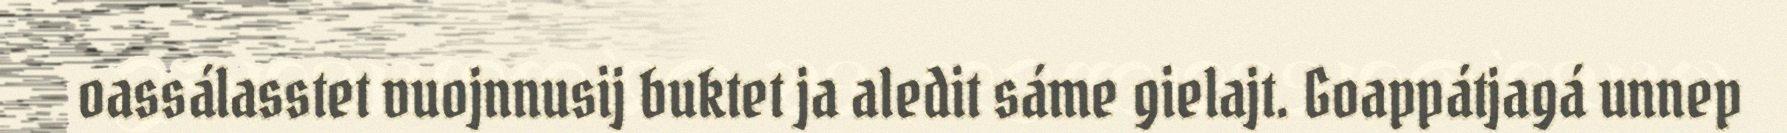
oassálasstet vuojnnusij buktet ja aledit sáme gielajt. Goappátjagá unnep